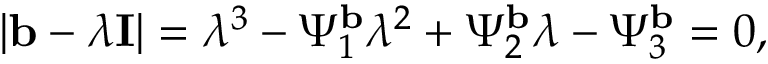
\vert \mathbf { b } - \lambda \mathbf { I } \vert = \lambda ^ { 3 } - \Psi _ { 1 } ^ { \mathbf { b } } \lambda ^ { 2 } + \Psi _ { 2 } ^ { \mathbf { b } } \lambda - \Psi _ { 3 } ^ { \mathbf { b } } = 0 ,